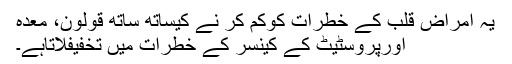
یہ امراض قلب کے خطرات کوکم کر نے کیساتھ ساتھ قولون، معدہ
اورپروسٹیٹ کے کینسر کے خطرات میں تخفیفلاتاہے۔